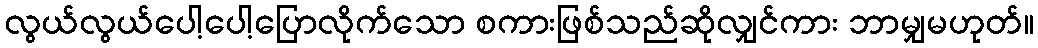
လွယ်လွယ်ပေါ့ပေါ့ပြောလိုက်သော စကားဖြစ်သည်ဆိုလျှင်ကား ဘာမျှမဟုတ်။